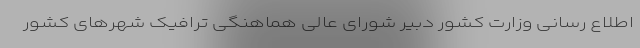
اطلاع رسانی وزارت کشور دبیر شورای عالی هماهنگی ترافیک شهرهای کشور